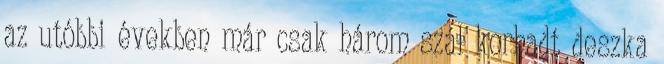
az utóbbi években már csak három szál korhadt deszka